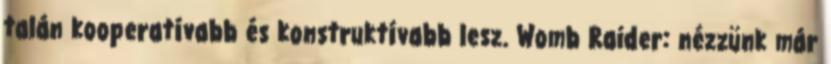
talán kooperatívabb és konstruktívabb lesz. Womb Raider: nézzünk már